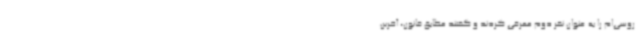
روسی‌ام را به عنوان نفر دوم معرفی کردند و گفتند مطابق قانون، آخرین